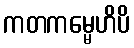
ကတကမ္မေဟိပိ